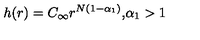
h ( r ) = C _ { \infty } r ^ { N ( 1 - \alpha _ { 1 } ) } \mathrm { , } \alpha _ { 1 } > 1